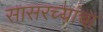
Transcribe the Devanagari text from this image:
सासरच्यांचा